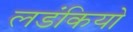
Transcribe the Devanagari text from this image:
लडंकियो